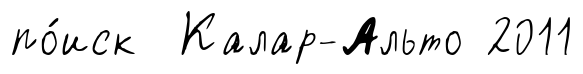
по́иск Калар-Альто 2011